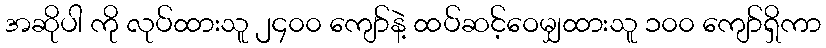
အဆိုပါ ကို လုပ်ထားသူ ၂၄၀၀ ကျော်နဲ့ ထပ်ဆင့်ဝေမျှထားသူ ၁၀၀ ကျော်ရှိကာ